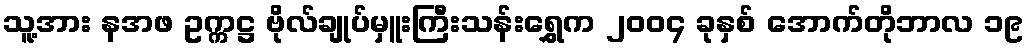
သူ့အား နအဖ ဥက္ကဋ္ဌ ဗိုလ်ချုပ်မှူးကြီးသန်းရွှေက ၂၀၀၄ ခုနှစ် အောက်တိုဘာလ ၁၉